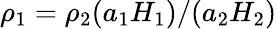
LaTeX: \rho_{1}=\rho_{2}(a_{1}H_{1})/(a_{2}H_{2})